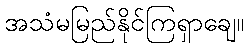
အသံမမြည်နိုင်ကြရှာချေ။